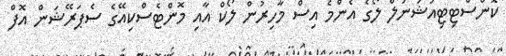
ކޮންސްޓިޓިއުޝަނަލް ލޯގެ އެންމެ އިސް މާހިރުން ލޯކް އާއި މޮންޓެސްކިއޭގެ ސެޕަރޭޝަން އޮފް